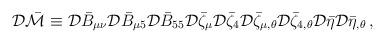
LaTeX: \begin{align*}{\cal D}\bar{\cal M}\equiv{\cal D}\bar{B}_{\mu\nu}{\cal D}\bar{B}_{\mu5}{\cal D}\bar{B}_{55}{\cal D}\bar{\zeta}_{\mu} {\cal D}\bar{\zeta}_{4}{\cal D}\bar{\zeta}_{\mu,\theta} {\cal D}\bar{\zeta}_{4,\theta}{\cal D}\bar{\eta} {\cal D}\bar{\eta}_{,\theta} \,,\end{align*}